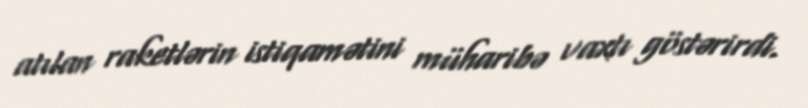
atılan raketlərin istiqamətini müharibə vaxtı göstərirdi.